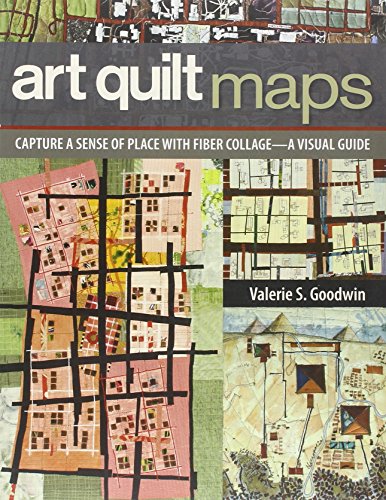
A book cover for Art Quilt Maps: Capture a Sense of Place with Fiber Collage-A Visual Guide; Valerie S. Goodwin; Crafts, Hobbies & Home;